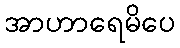
အာဟာရေမိပေ